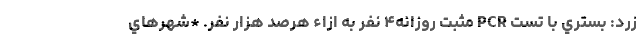
زرد: بستري با تست PCR مثبت روزانه۴ نفر به ازاء هرصد هزار نفر. *شهرهاي